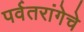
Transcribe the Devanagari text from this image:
पर्वतरांगेचे